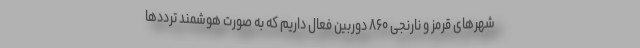
شهرهای قرمز و نارنجی ۸۶۰ دوربین فعال داریم که به صورت هوشمند ترددها